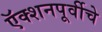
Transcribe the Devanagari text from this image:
ऍक्शनपूर्वीचे